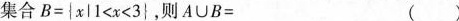
集合$$B=|x|1<x<3}$$，则$$A∪B=$$ ()